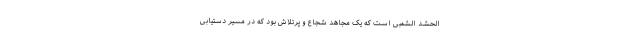
الحشد الشعبی است که یک مجاهد شجاع و پرتلاش بود که در مسیر دستیابی